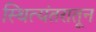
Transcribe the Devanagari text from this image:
स्थित्यंतरातून